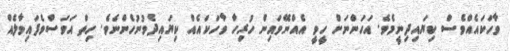
ވާހަކައެއްވެސް ކިޔައިދިނީމެވެ. އަހަންނަށް ހީވީ އެއްނޭވައިން ހުރިހާ ވާހަކައެއް ކިޔައިދެވުނުހެންނެވެ. ހިތް އަވަސްވެފައިވާލެއް